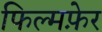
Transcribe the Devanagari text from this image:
फिल्मफ़ेर